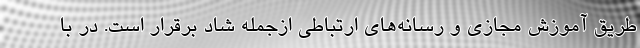
طریق آموزش مجازی و رسانه‌های ارتباطی ازجمله شاد برقرار است. در با